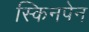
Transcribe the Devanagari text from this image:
स्किनपेन